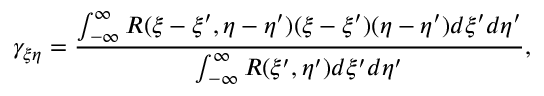
\gamma _ { \xi \eta } = \frac { \int _ { - \infty } ^ { \infty } R ( \xi - \xi ^ { \prime } , \eta - \eta ^ { \prime } ) ( \xi - \xi ^ { \prime } ) ( \eta - \eta ^ { \prime } ) d \xi ^ { \prime } d \eta ^ { \prime } } { \int _ { - \infty } ^ { \infty } R ( \xi ^ { \prime } , \eta ^ { \prime } ) d \xi ^ { \prime } d \eta ^ { \prime } } ,